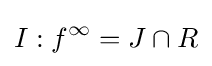
I:f^{\infty }=J\cap R